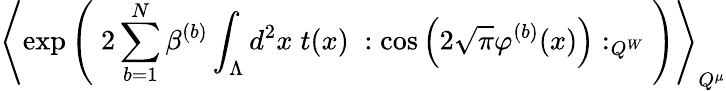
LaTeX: \left\langle\exp\left(\; 2\sum_{b=1}^{N}\beta^{(b)}\int_{\Lambda}d^{2}x\; t(x)\; :\cos\left(2\sqrt{\pi}\varphi^{(b)}(x)\right):_{Q^{W}}\; \right)\right\rangle_{Q^{\mu}}